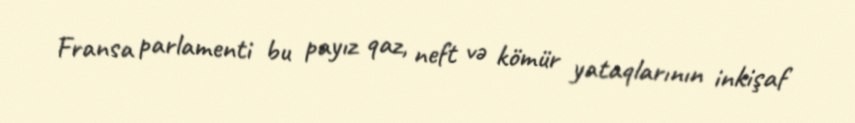
Fransa parlamenti bu payız qaz, neft və kömür yataqlarının inkişaf